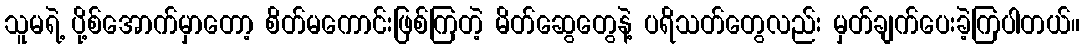
သူမရဲ့ ပို့စ်အောက်မှာတော့ စိတ်မကောင်းဖြစ်ကြတဲ့ မိတ်ဆွေတွေနဲ့ ပရိသတ်တွေလည်း မှတ်ချက်ပေးခဲ့ကြပါတယ်။